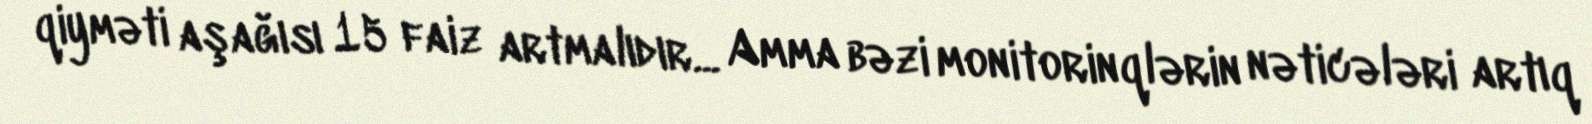
qiyməti aşağısı 15 faiz artmalıdır... Amma bəzi monitorinqlərin nəticələri artıq